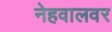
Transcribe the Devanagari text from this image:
नेहवालवर